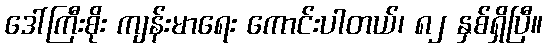
ဒေါ်ကြီးစိုး ကျန်းမာရေး ကောင်းပါတယ်၊ ၈၂ နှစ်ရှိပြီ။